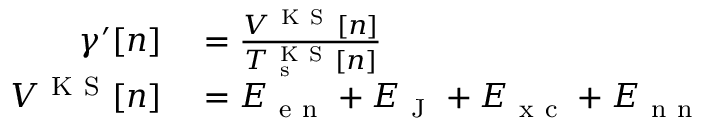
\begin{array} { r l } { \gamma ^ { \prime } [ n ] } & { { } = \frac { V ^ { \mathrm { ~ K ~ S ~ } } [ n ] } { T _ { \mathrm { ~ s ~ } } ^ { \mathrm { ~ K ~ S ~ } } [ n ] } } \\ { V ^ { \mathrm { ~ K ~ S ~ } } [ n ] } & { { } = E _ { \mathrm { ~ e ~ n ~ } } + E _ { \mathrm { ~ J ~ } } + E _ { \mathrm { ~ x ~ c ~ } } + E _ { \mathrm { ~ n ~ n ~ } } } \end{array}